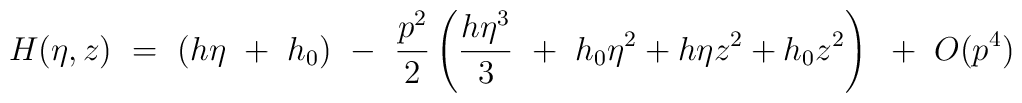
H(\eta,z) ~=~ (h \eta ~+~ h_{0}) ~-~ \frac{p^{2}}{2} \left(\frac{h \eta^{3}}{3}~+~ h_{0} \eta^{2} + h \eta z^{2} + h_{0} z^{2}\right) ~+~ O(p^{4})